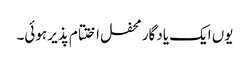
یوں ایک یادگار محفل اختتام پذیر ہوئی۔